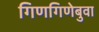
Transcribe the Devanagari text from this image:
गिणगिणेबुवा